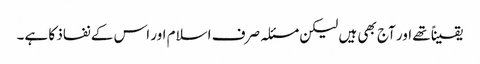
یقیناً تھے اور آج بھی ہیں لیکن مسئلہ صرف اسلام اور اس کے نفاذ کا ہے۔